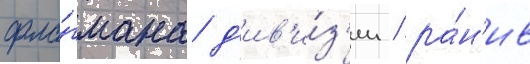
фла́гмана д'ив'и́з'ии / ра́н'ив